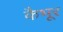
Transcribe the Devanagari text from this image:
कैभूर